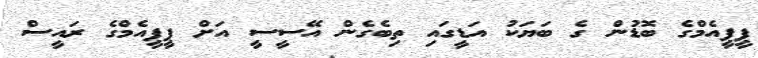
ޕީީޕީއެމްގެ ބޮޑުން ގެ ބަޔަކު އަޑީގައި ތިބެގެން އޭސީސީ އަށް ޕީޕީއެމްގެ ރައީސް